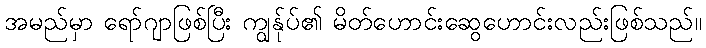
အမည်မှာ ရော်ဂျာဖြစ်ပြီး ကျွန်ုပ်၏ မိတ်ဟောင်းဆွေဟောင်းလည်းဖြစ်သည်။